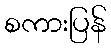
စကားပြန်